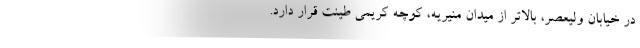
در خیابان ولیعصر، بالاتر از میدان منیریه، کوچه کریمی طینت قرار دارد.